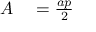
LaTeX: \begin{array} { r l } { A } & { { } = { \frac { a p } { 2 } } } \end{array}